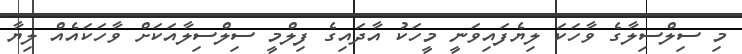
މި ސިލްސިލާގެ ވާހަކަ ލިޔެފައިވަނީ މީހަކު އާދައިގެ ފިލްމީ ސިލްސިލާއަކަށް ވާހަކައެއް ލިޔާ